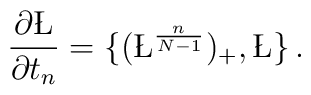
\frac{\partial\L}{\partial t_n} = \{ (\L^{\frac{n}{N-1}})_{+} , \L \}\,.